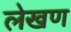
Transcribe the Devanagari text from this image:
लेखण